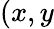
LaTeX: (x,y